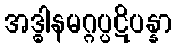
အဒ္ဓါနမဂ္ဂပ္ပဋိပန္နာ